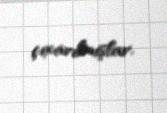
çıxarılmışlar.